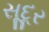
સૂદૂર